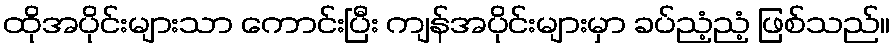
ထိုအပိုင်းများသာ ကောင်းပြီး ကျန်အပိုင်းများမှာ ခပ်ညံ့ညံ့ ဖြစ်သည်။